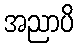
အညာပိ